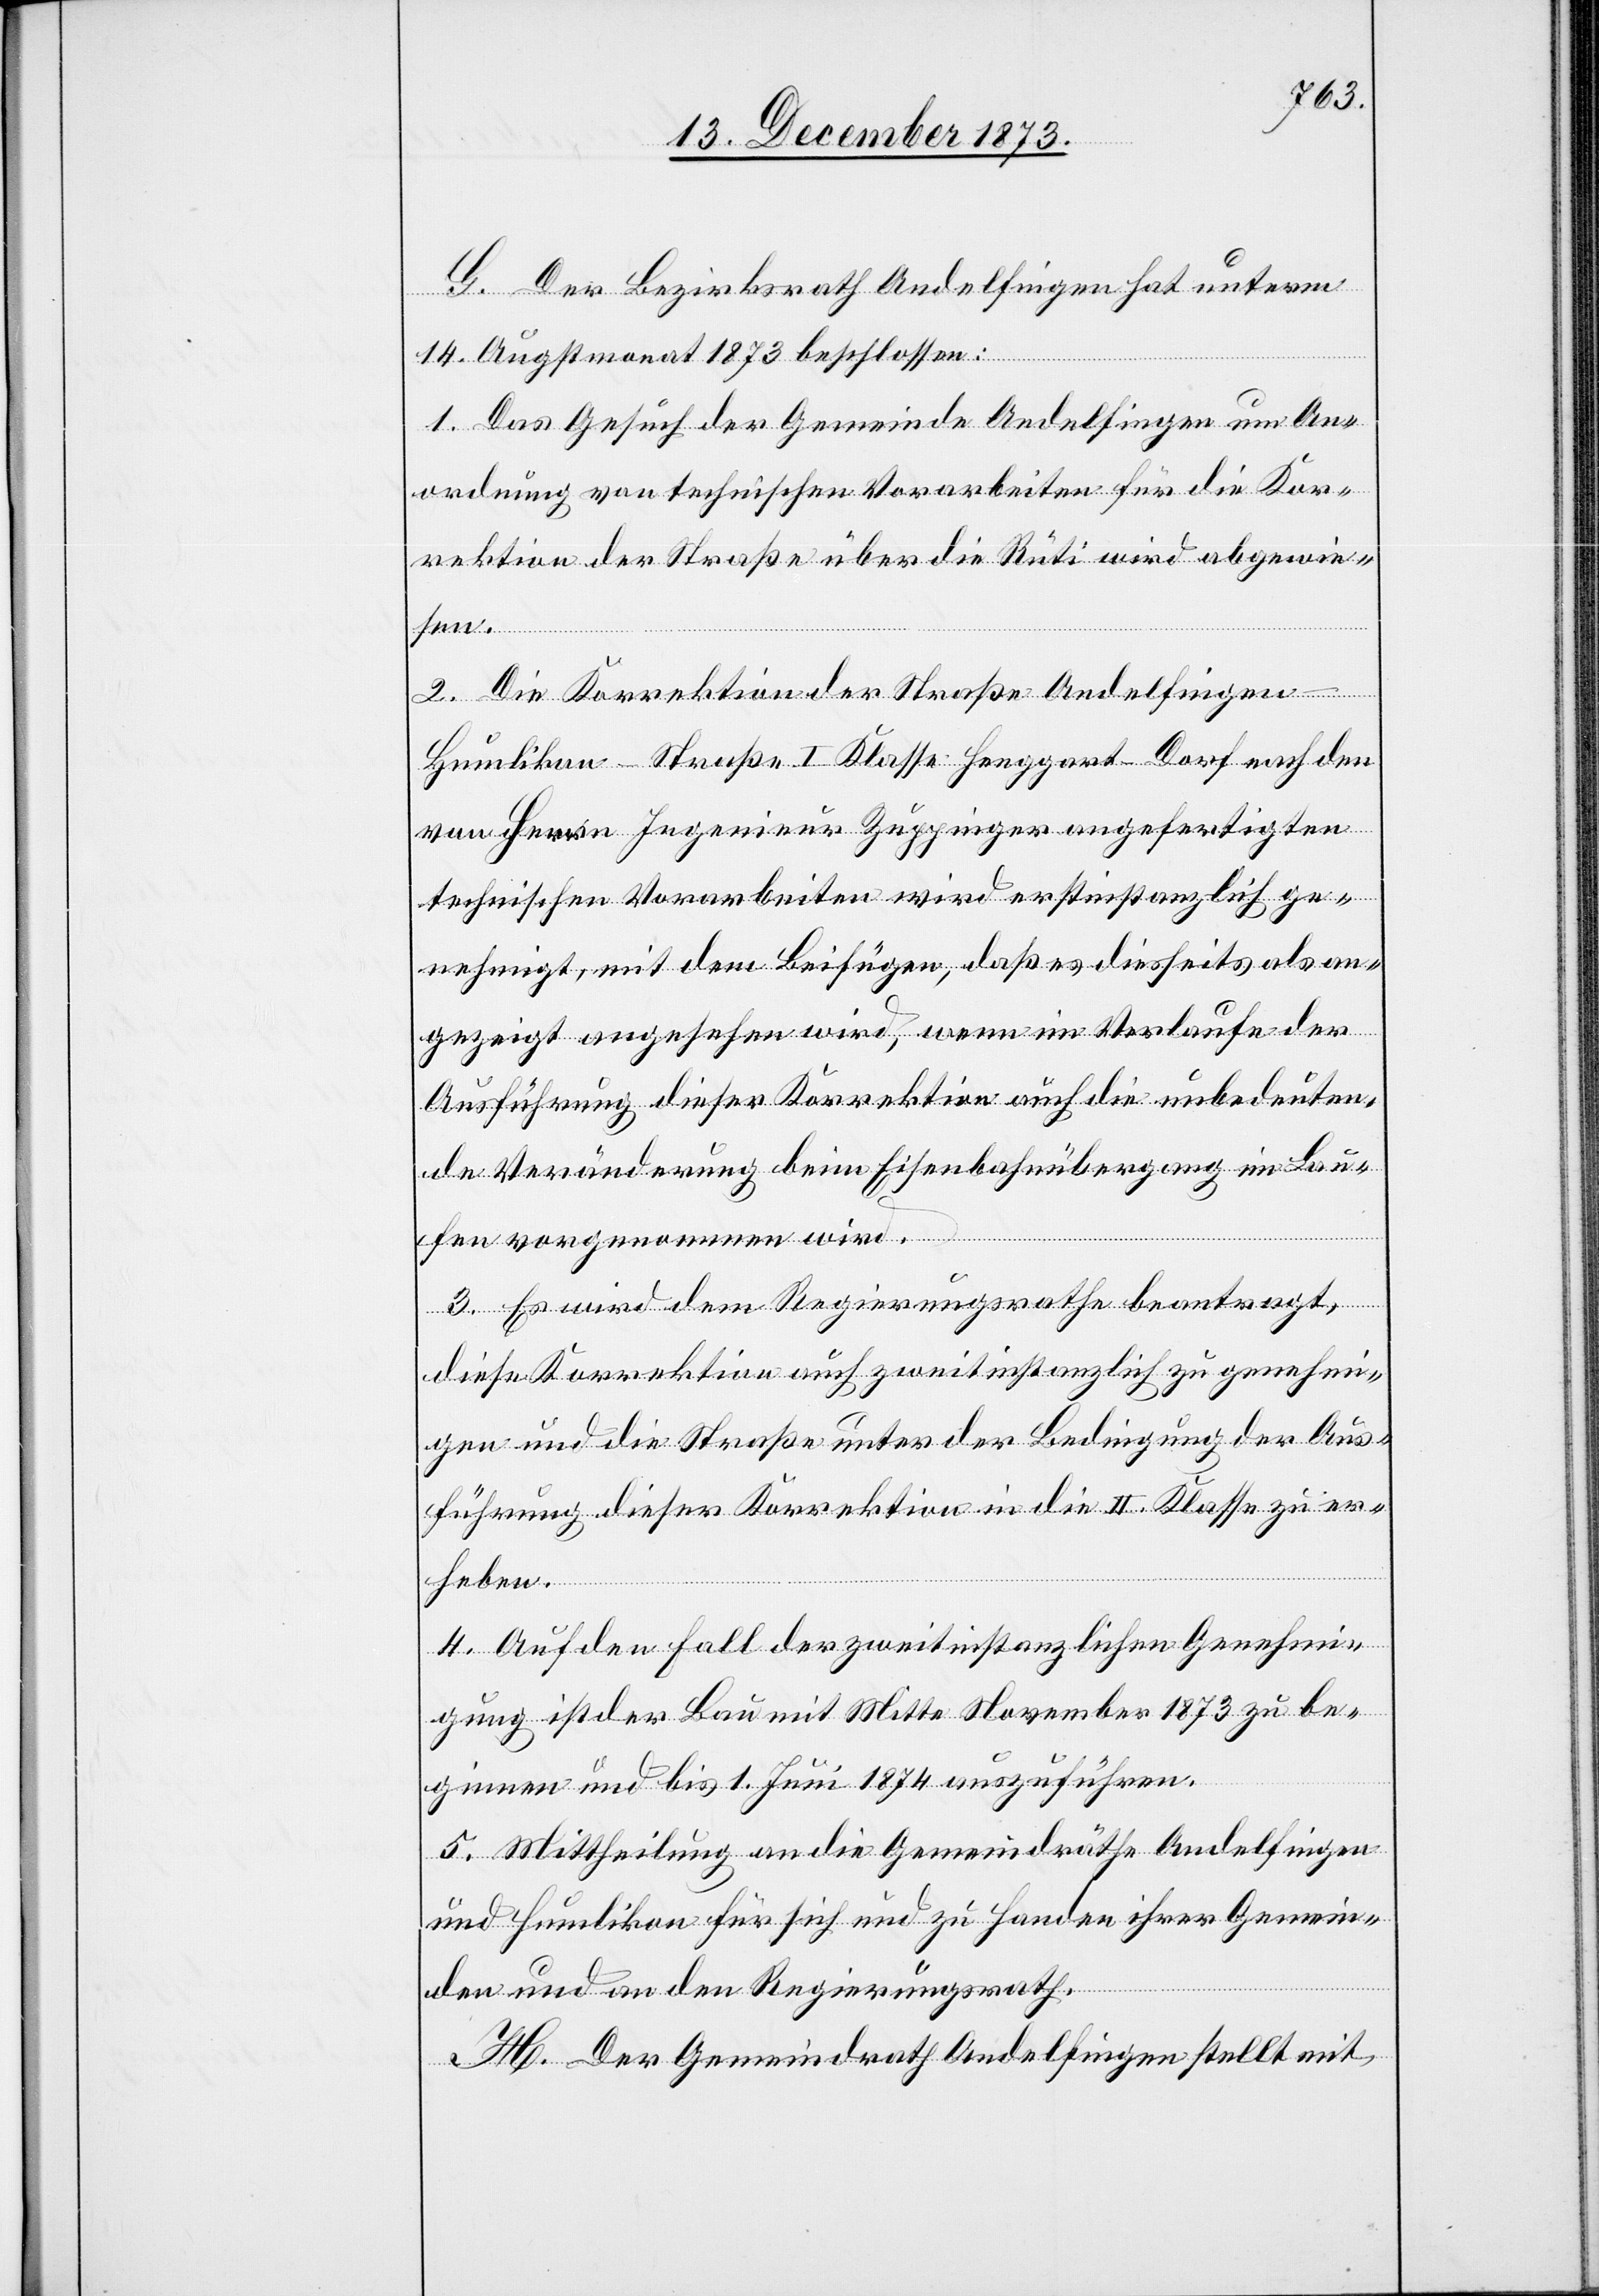
G. Der Bezirksrath Andelfingen hat unterm
14. Augstmonat 1873 beschlossen:
1. Das Gesuch der Gemeinde Andelfingen um An¬
ordnung von technischen Vorarbeiten für die Kor¬
rektion der Straße über die Rüti wird abgewie¬
sen.
2. Die Korrektion der Straße Andelfingen–H¬
umlikon–Straße I Klasse Henngart-Dorf nach den
von Herrn Ingenieur Zuppinger angefertigten
technischen Vorarbeiten wird erstinstanzlich ge¬
nehmigt, mit dem Beifügen, daß es diesseits als an¬
gezeigt angesehen wird, wenn im Verlaufe der
Ausführung dieser Korrektion auch die unbedeuten¬
de Veränderung beim Eisenbahnübergang im Lau¬
fen vorgenommen wird.
3. Es wird dem Regierungsrathe beantragt,
diese Korrektion auch zweitinstanzlich zu genehmi¬
gen und die Straße unter der Bedingung der Aus¬
führung dieser Korrektion in die II. Klasse zu er¬
heben.
4. Auf den Fall der zweitinstanzlichen Genehmi¬
gung ist der Bau mit Mitte November 1873 zu be¬
ginnen und bis 1. Juni 1874 auszuführen.
5. Mittheilung an die Gemeindräthe Andelfingen
und Humlikon für sich und zu Handen ihrer Gemein¬
den und an den Regierungsrath.
H. Der Gemeindrath Andelfingen stellt mit